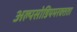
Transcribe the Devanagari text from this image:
अल्पसोडियमरक्तता